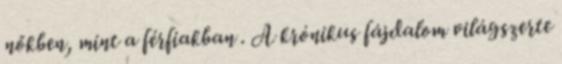
nőkben, mint a férfiakban . A krónikus fájdalom világszerte